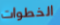
الخطوات